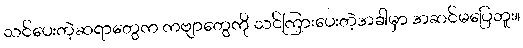
သင်ပေးတဲ့ဆရာတွေက ကဗျာတွေကို သင်ကြားပေးတဲ့အခါမှာ အဆင်မပြေဘူး။